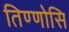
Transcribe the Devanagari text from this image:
तिण्णोसि